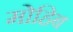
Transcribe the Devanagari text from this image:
मोहिब